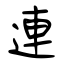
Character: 連